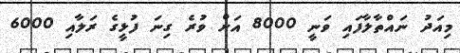
މިއަދު ނައްތާލާފައި ވަނީ 8000 އަށް ވުރެ ގިނަ ފުޅީގެ ރަލާއި 6000